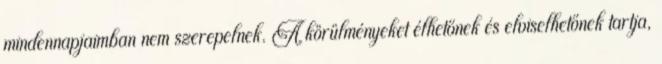
mindennapjaimban nem szerepelnek. A körülményeket élhetőnek és elviselhetőnek tartja,